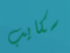
سكايب